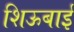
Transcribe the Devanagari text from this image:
शिऊबाई